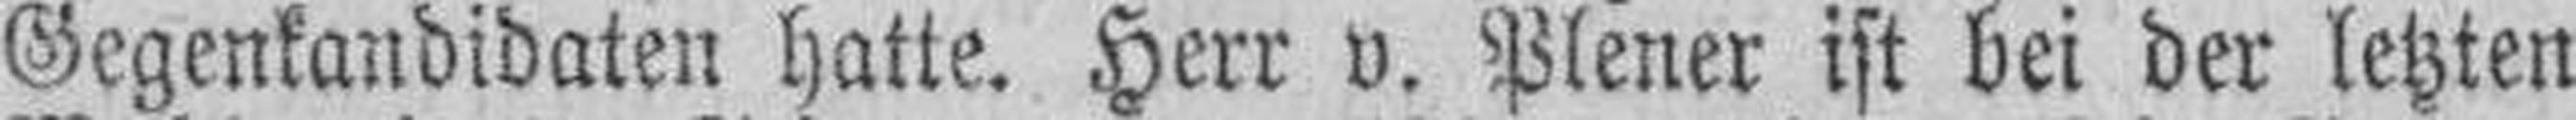
Gegenkandidaten hatte. Herr v. Plener ist bei der letzten